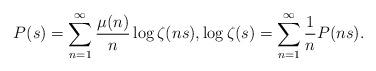
LaTeX: \begin{align*}P(s)= \sum_{n=1}^{\infty} \dfrac{\mu(n)}{n} \log \zeta(ns), \log \zeta(s)= \sum_{n=1}^{\infty} \dfrac{1}{n}P(ns). \end{align*}